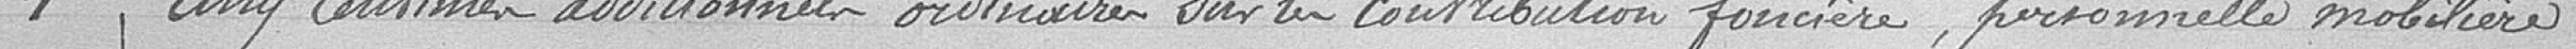
1 / Cinq centimes additionnels ordinaires sur la contribution foncière, personnelle mobilière